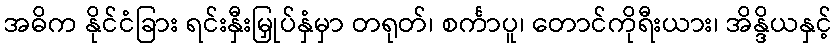
အဓိက နိုင်ငံခြား ရင်းနှီးမြှုပ်နှံမှာ တရုတ်၊ စင်္ကာပူ၊ တောင်ကိုရီးယား၊ အိန္ဒိယနှင့်